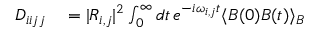
\begin{array} { r l } { D _ { i i j j } } & { { } = | R _ { i , j } | ^ { 2 } \int _ { 0 } ^ { \infty } d t \, e ^ { - i \omega _ { i , j } t } \langle B ( 0 ) B ( t ) \rangle _ { B } } \end{array}